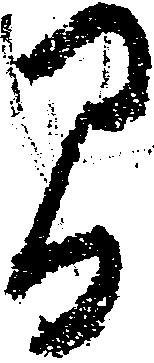
間